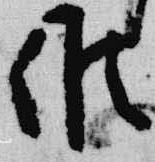
候